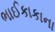
ભાઈકાકાના